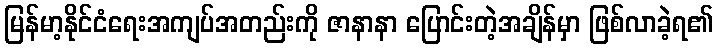
မြန်မာ့နိုင်ငံရေးအကျပ်အတည်းကို ဇာနာနာ ပြောင်းတဲ့အချိန်မှာ ဖြစ်လာခဲ့ရ၏